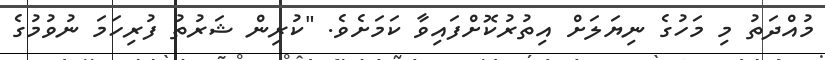
މުއްދަތު މި މަހުގެ ނިޔަލަށް އިތުރުކޮށްފައިވާ ކަމަށެވެ. "ކުރިން ޝަރުތު ފުރިހަމަ ނުވުމުގެ